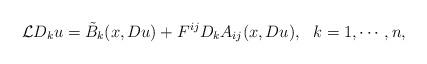
LaTeX: \begin{align*} \mathcal {L}D_k u =\tilde B_k (x,Du) + F^{ij}D_kA_{ij}(x,Du),\ \ k=1, \cdots, n, \end{align*}